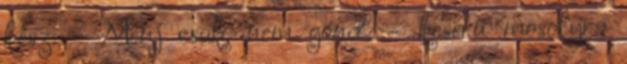
kész. - Menj csak, nem gond. – keserű mosolyra